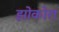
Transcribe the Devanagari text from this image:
झोकोरा